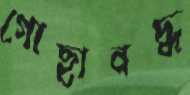
গোছাবদ্ধ